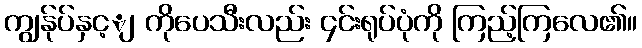
ကျွန်ုပ်နှင့ျ ကိုပေသီးလည်း ၄င်းရုပ်ပုံကို ကြည့်ကြလေ၏။